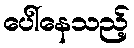
ပေါ်နေသည့်